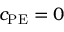
c _ { \mathrm { P E } } = 0